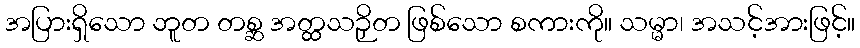
အပြားရှိသော ဘူတ တစ္ဆ အတ္ထသဉှိတ ဖြစ်သော စကားကို။ သမ္မာ၊ အသင့်အားဖြင့်။